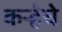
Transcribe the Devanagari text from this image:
कऱ्हेचे